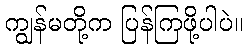
ကျွန်မတို့က ပြန်ကြဖို့ပါပဲ။